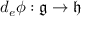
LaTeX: d _ { e } \phi : { \mathfrak { g } } \to { \mathfrak { h } }